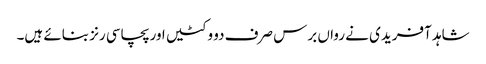
شاہد آفریدی نے رواں برس صرف دو وکٹیں اور پچاسی رنز بنائے ہیں۔